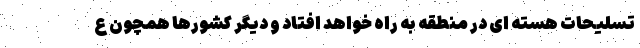
تسلیحات هسته ای در منطقه به راه خواهد افتاد و دیگر کشورها همچون ع